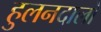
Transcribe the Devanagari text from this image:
हुलनदालो